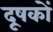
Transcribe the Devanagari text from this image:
दूषकों